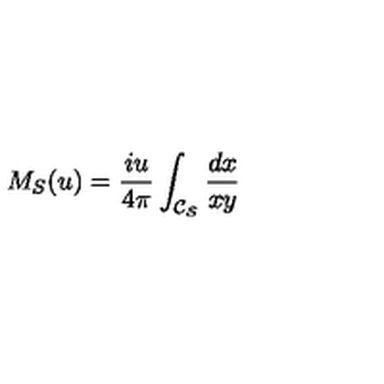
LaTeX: M _ { S } ( u ) = \frac { i u } { 4 \pi } \int _ { \cal C _ { S } } \frac { d x } { x y }